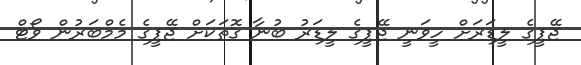
ޖޭޕީގެ ލީޑަރަށް ހީވަނީ ޖޭޕީގެ ލީޑަރު ބުނާ ގޮތަކަށް ޖޭޕީގެ މެމްބަރުން ވޯޓް